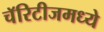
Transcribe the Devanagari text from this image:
चॅरिटीजमध्ये